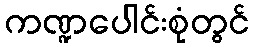
ကဏ္ဍပေါင်းစုံတွင်